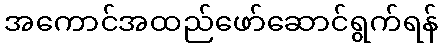
အကောင်အထည်ဖော်ဆောင်ရွက်ရန်